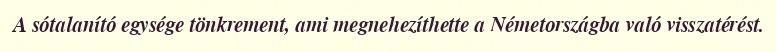
A sótalanító egysége tönkrement, ami megnehezíthette a Németországba való visszatérést.